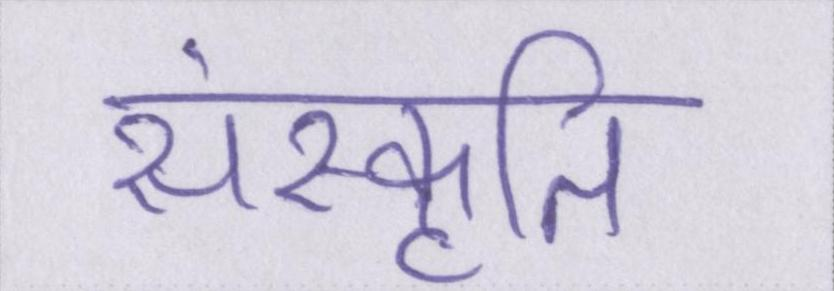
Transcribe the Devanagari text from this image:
संस्कृति